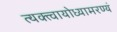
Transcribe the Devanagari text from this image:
त्यक्त्वायोध्यामरण्यं